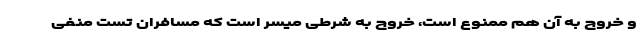
و خروج به آن هم ممنوع است، خروج به شرطی میسر است که مسافران تست منفی